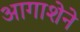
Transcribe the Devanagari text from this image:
आगाशेने